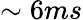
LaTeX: \sim 6ms